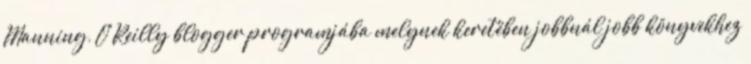
Manning, O'Reilly blogger programjába melynek keretében jobbnál jobb könyvekhez